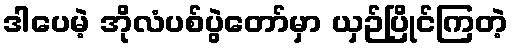
ဒါပေမဲ့ အိုလံပစ်ပွဲတော်မှာ ယှဉ်ပြိုင်ကြတဲ့